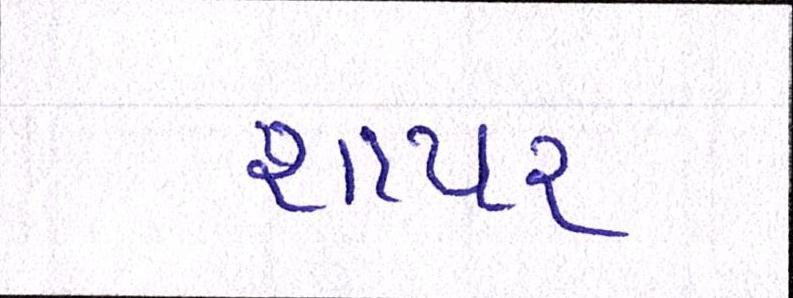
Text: શાયર